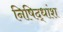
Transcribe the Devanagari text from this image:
निषिद्धांश